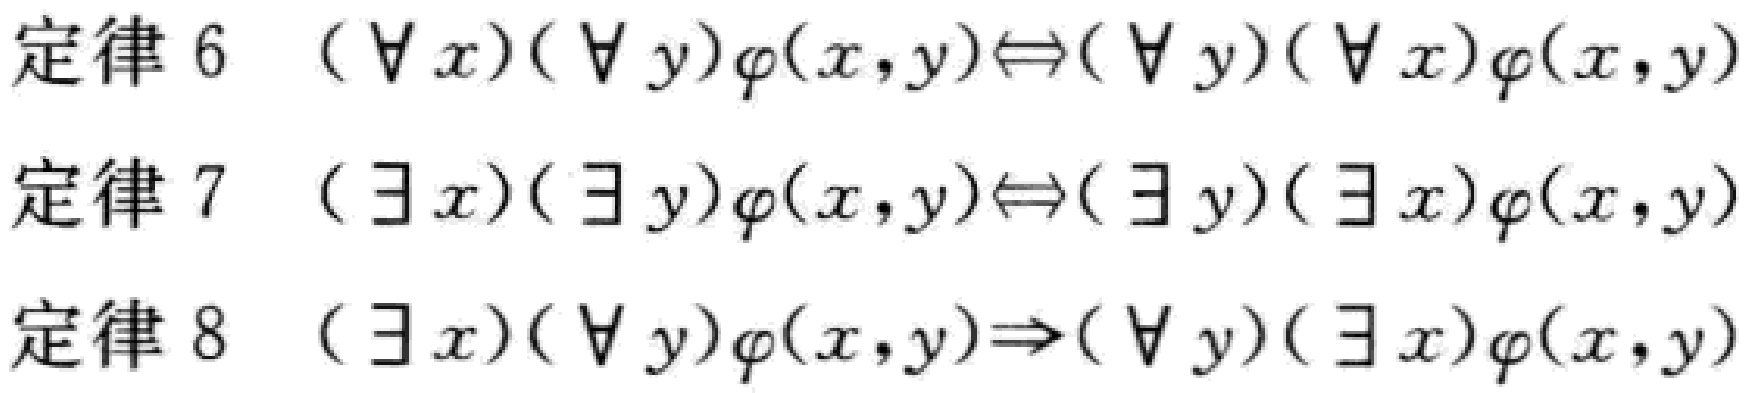
定律 6 \((\forall x)(\forall y)\varphi(x,y)\Leftrightarrow(\forall y)(\forall x)\varphi(x,y)\)
定律 7 \((\exists x)(\exists y)\varphi(x,y)\Leftrightarrow(\exists y)(\exists x)\varphi(x,y)\)
定律 8 \((\exists x)(\forall y)\varphi(x,y)\Rightarrow(\forall y)(\exists x)\varphi(x,y)\)